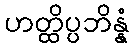
ဟတ္ထိပ္ပဘိန္နံ